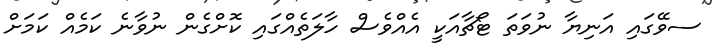
ސވޭގައި އަނިޔާ ނުވަތަ ޓޯޗާއަކީ އެއްވެސް ހާލަތެއްގައި ކޮށްގެން ނުވާނެ ކަމެއް ކަމަށް